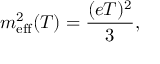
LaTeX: m _ { \mathrm { e f f } } ^ { 2 } ( T ) = \frac { ( e T ) ^ { 2 } } { 3 } ,